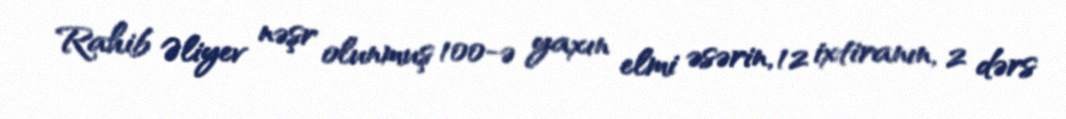
Rahib Əliyev nəşr olunmuş 100-ə yaxın elmi əsərin, 12 ixtiranın, 2 dərs